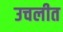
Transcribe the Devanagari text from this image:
उचलीत